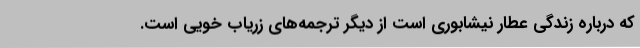
که درباره زندگی عطار نیشابوری است از دیگر ترجمه‌های زریاب‌ خویی است.